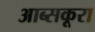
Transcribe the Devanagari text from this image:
आब्सकूरा